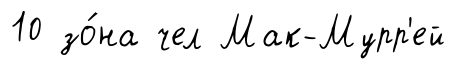
10 зо́на чел Мак-Мурр'ей